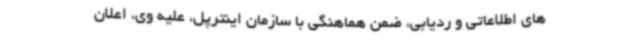
های اطلاعاتی و ردیابی، ضمن هماهنگی با سازمان اینترپل، علیه وی، اعلان